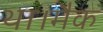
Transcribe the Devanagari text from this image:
था।मैक